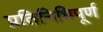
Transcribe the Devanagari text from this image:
प्रतिनिधिपूर्ण